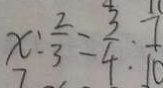
x : \frac { 2 } { 3 } = \frac { 3 } { 4 } : \frac { 7 } { 1 0 }